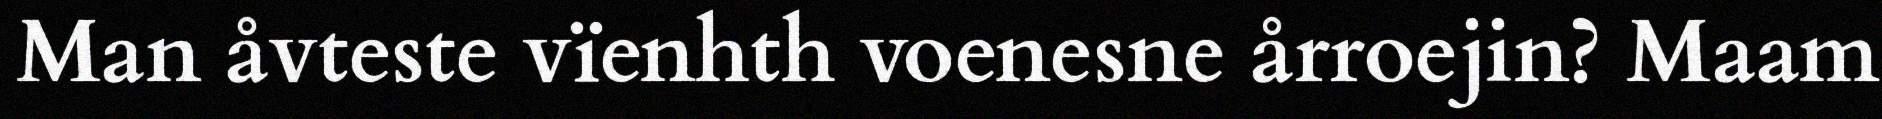
Man åvteste vïenhth voenesne årroejin? Maam